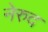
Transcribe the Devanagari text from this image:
नेरुद